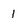
Character: I